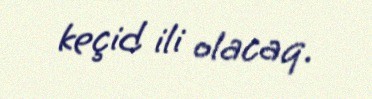
keçid ili olacaq.